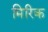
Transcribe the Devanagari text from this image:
मिरिक